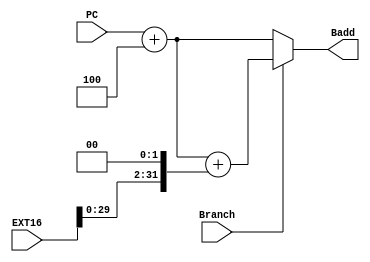
module BranchAdd (input [31:0] PC,
                  input [31:0] EXT16,
                  input Branch,
                  output [31:0] Badd);
assign Badd = ((Branch == 1'b1)? (PC+4+(EXT16 <<< 2)):(PC+4));
endmodule